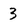
Character: 3